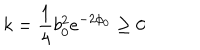
LaTeX: k = \frac { 1 } { 4 } b _ { 0 } ^ { 2 } e ^ { - 2 \phi _ { 0 } } \ge 0